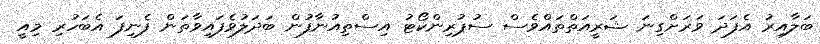
ބަލާއިރު އެފަދަ ވަރަށްގިނަ ޝަރީއަތްތައްވެސް ސުޕުރިންކޯޓު އިސްތިއުނާފުން ބަދަލުވެފައިވާތަން ފެނިފަ އެބަހުރި މިއީ